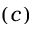
( c )